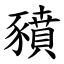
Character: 豶